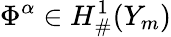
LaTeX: \Phi^{\alpha}\in H_{\# }^{1}(Y_{m})